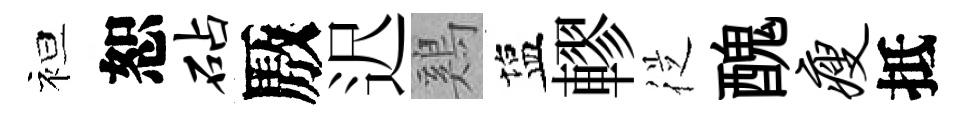
袒恕砧厫迟鷄塩轇従醜瘦抵